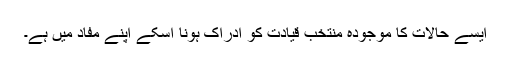
ایسے حالات کا موجودہ منتخب قیادت کو ادراک ہونا اسکے اپنے مفاد میں ہے۔